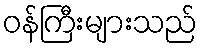
ဝန်ကြီးများသည်